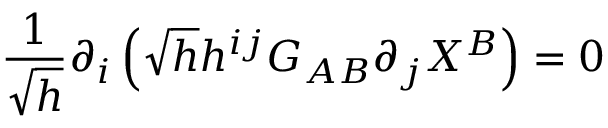
\frac { 1 } { \sqrt { h } } \partial _ { i } \left( \sqrt { h } h ^ { i j } G _ { A B } \partial _ { j } X ^ { B } \right) = 0